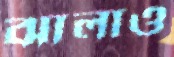
ঝালাও